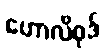
ဟောလိဝုဒ်